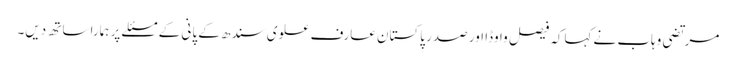
مرتضی وہاب نے کہاکہ فیصل واوڈا اور صدر پاکستان عارف علوی سندھ کے پانی کے مسئلے پر ہمارا ساتھ دیں۔